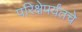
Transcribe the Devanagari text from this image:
परिक्षेपर्यंतचे